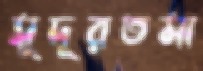
সুদূরতমা